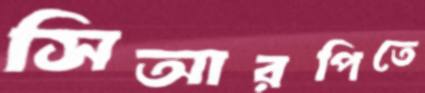
সিআরপিতে